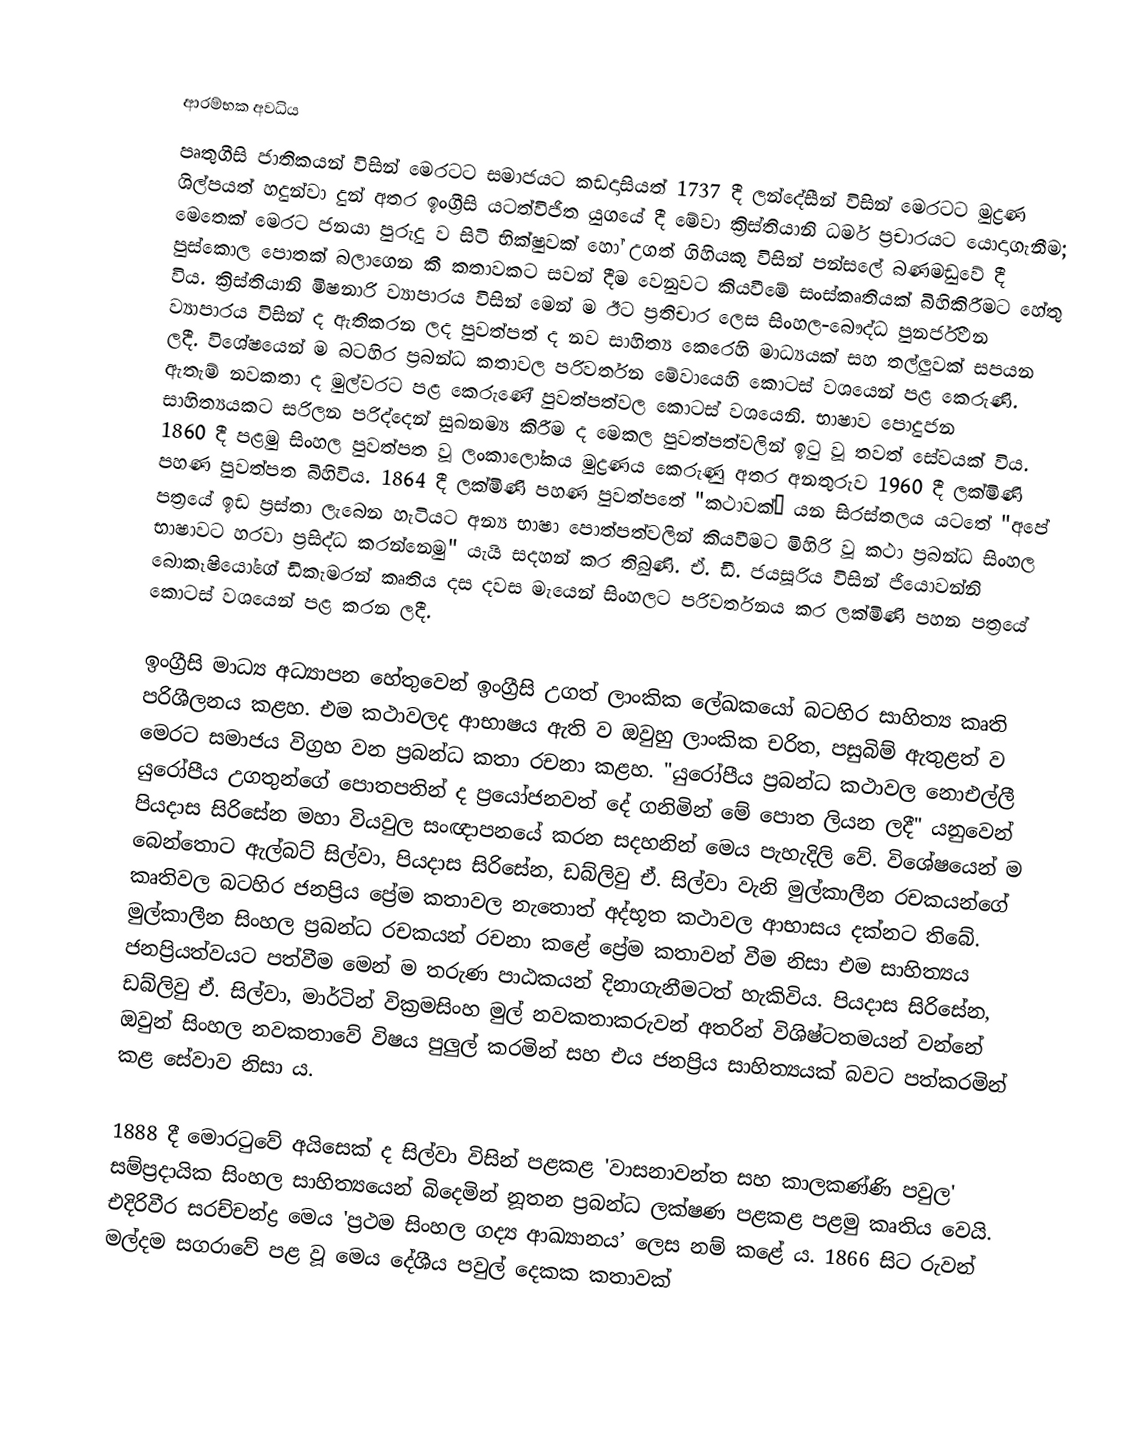

ආරම්භක අවධිය
පෘතුගීසි ජාතිකයන් විසින් මෙරටට සමාජයට කඩදාසියත් 1737 දී ලන්දේසීන් විසින් මෙරටට මුද්‍රණ ශිල්පයත් හදුන්වා දුන් අතර ඉංග්‍රීසි යටත්විජිත යුගයේ දී මේවා ක්‍රිස්තියානි ධර්ම ප්‍රචාරයට යොදාගැනීම; මෙතෙක් මෙරට ජනයා පුරුදු ව සිටි භික්ෂුවක් හෝ උගත් ගිහියකු විසින් පන්සලේ බණමඩුවේ දී පුස්කොල පොතක් බලාගෙන කී කතාවකට සවන් දීම වෙනුවට කියවීමේ සංස්කෘතියක් බිහිකිරීමට හේතු විය. ක්‍රිස්තියානි මිෂනාරි ව්‍යාපාරය විසින් මෙන් ම ඊට ප්‍රතිචාර ලෙස සිංහල-බෞද්ධ පුනර්ජීවන ව්‍යාපාරය විසින් ද ඇතිකරන ලද පුවත්පත් ද නව සාහිත්‍ය කෙරෙහි මාධ්‍යයක් සහ තල්ලුවක් සපයන ලදී. විශේෂයෙන් ම බටහිර ප්‍රබන්ධ කතාවල පරිවර්තන මේවායෙහි කොටස් වශයෙන් පළ කෙරුණි. ඇතැම් නවකතා ද මුල්වරට පළ කෙරුණේ පුවත්පත්වල කොටස් වශයෙනි. භාෂාව පොදුජන සාහිත්‍යයකට සරිලන පරිද්දෙන් සුඛනම්‍ය කිරීම ද මෙකල පුවත්පත්වලින් ඉටු වූ තවත් සේවයක් විය. 1860 දී පළමු සිංහල පුවත්පත වූ ලංකාලෝකය මුද්‍රණය කෙරුණු අතර අනතුරුව 1960 දී ලක්මිණි පහණ පුවත්පත බිහිවිය. 1864 දී ලක්මිණි පහණ පුවත්පතේ "කථාවක්” යන සිරස්තලය යටතේ "අපේ පත්‍රයේ ඉඩ ප්‍රස්තා ලැබෙන හැටියට අන්‍ය භාෂා පොත්පත්වලින් කියවීමට මිහිරි වූ කථා ප්‍රබන්ධ සිංහල භාෂාවට හරවා ප්‍රසිද්ධ කරන්නෙමු" යැයි සදහන් කර තිබුණි. ඒ. ඩී. ජයසූරිය විසින් ජියොවන්නි බොකෑෂියෝගේ ඩිකැමරන් කෘතිය දස දවස මැයෙන් සිංහලට පරිවර්තනය කර  ලක්මිණි පහන පත්‍රයේ කොටස් වශයෙන් පළ කරන ලදී.

ඉංග්‍රීසි මාධ්‍ය අධ්‍යාපන හේතුවෙන් ඉංග්‍රීසි උගත් ලාංකික ලේඛකයෝ බටහිර සාහිත්‍ය කෘති පරිශීලනය කළහ. එම කථාවලද ආභාෂය ඇති ව ඔවුහු ලාංකික චරිත, පසුබිම් ඇතුළත් ව මෙරට සමාජය විග්‍රහ වන ප්‍රබන්ධ කතා රචනා කළහ. "යුරෝපීය ප්‍රබන්ධ කථාවල නොඑල්ලී යුරෝපීය උගතුන්ගේ පොතපතින් ද ප්‍රයෝජනවත් දේ ගනිමින් මේ පොත ලියන ලදී" යනුවෙන් පියදාස සිරිසේන මහා වියවුල සංඥාපනයේ කරන සදහනින් මෙය පැහැදිලි වේ. විශේෂයෙන් ම බෙන්තොට ඇල්බට් සිල්වා, පියදාස සිරිසේන, ඩබ්ලිවු ඒ. සිල්වා වැනි මුල්කාලීන රචකයන්ගේ කෘතිවල බටහිර ජනප්‍රිය ප්‍රේම කතාවල නැතොත් අද්භූත කථාවල ආභාසය දක්නට තිබේ. මුල්කාලීන සිංහල ප්‍රබන්ධ රචකයන් රචනා කළේ ප්‍රේම කතාවන් වීම නිසා එම සාහිත්‍යය ජනප්‍රියත්වයට පත්වීම මෙන් ම තරුණ පාඨකයන් දිනාගැනීමටත් හැකිවිය. පියදාස සිරිසේන, ඩබ්ලිවු ඒ. සිල්වා, මාර්ටින් වික්‍රමසිංහ මුල් නවකතාකරුවන් අතරින් විශිෂ්ටතමයන් වන්නේ ඔවුන් සිංහල නවකතාවේ විෂය පුලුල් කරමින් සහ එය ජනප්‍රිය සාහිත්‍යයක් බවට පත්කරමින් කළ සේවාව නිසා ය.

1888 දී මොරටුවේ අයිසෙක් ද සිල්වා විසින්  පළකළ 'වාසනාවන්ත සහ කාලකණ්ණි පවුල' සම්ප්‍රදායික සිංහල සාහිත්‍යයෙන් බිදෙමින් නූතන ප්‍රබන්ධ ලක්ෂණ පළකළ පළමු කෘතිය වෙයි. එදිරිවීර සරච්චන්ද්‍ර මෙය 'ප්‍රථම සිංහල ගද්‍ය ආඛ්‍යානය’ ලෙස නම් කළේ ය. 1866 සිට රුවන් මල්දම සගරාවේ පළ වූ මෙය දේශීය පවුල් දෙකක කතාවක්